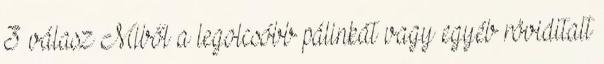
3 válasz Miből a legolcsóbb pálinkát vagy egyéb röviditalt